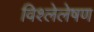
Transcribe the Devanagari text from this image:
विश्लेलेषण